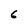
Character: 6